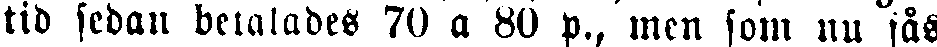
tid sedan betalades 70 a 80 p., men som nu fås